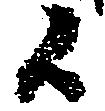
候